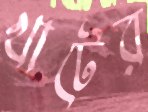
খাটের